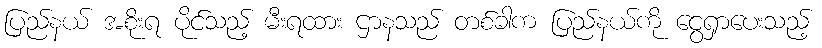
ပြည်နယ် အစိုးရ ပိုင်သည့် မီးရထား ဌာနသည် တစ်ခါက ပြည်နယ်ကို ငွေရှာပေးသည့်